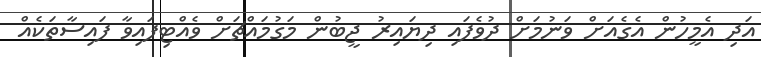
އަދި އެމީހުން އެގެއަށް ވަނުމަށް ދުވެފައި ދިޔައިރު ޖީބުން މަގުމައްޗަށް ވެއްޓިފައިވާ ފައިސާތަކެއް